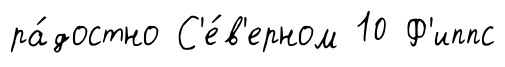
ра́достно С'е́в'ерном 10 Ф'иппс